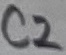
Text: C2